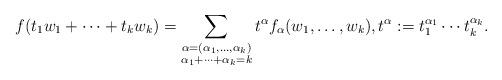
LaTeX: \begin{align*}f(t_{1}w_{1}+\cdots+t_{k}w_{k})=\sum_{\substack{\alpha=(\alpha_{1},\ldots,\alpha_{k})\\\alpha_{1}+\cdots+\alpha_{k}=k}} t^\alpha f_\alpha(w_1,\dots,w_k), t^\alpha := t_{1}^{\alpha_{1}}\cdots t_{k}^{\alpha_{k}}.\end{align*}